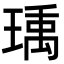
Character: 𬍿